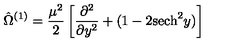
\hat { \Omega } ^ { ( 1 ) } = \frac { \mu ^ { 2 } } { 2 } \left[ \frac { \partial ^ { 2 } } { \partial y ^ { 2 } } + ( 1 - 2 \mathrm { s e c h } ^ { 2 } y ) \right]